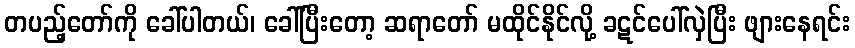
တပည့်တော်ကို ခေါ်ပါတယ်၊ ခေါ်ပြီးတော့ ဆရာတော် မထိုင်နိုင်လို့ ခဋင်ပေါ်လှဲပြီး ဖျားနေရင်း